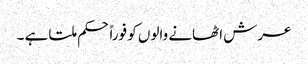
عرش اٹھانے والوں کو فوراً حکم ملتا ہے ۔